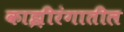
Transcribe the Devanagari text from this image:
काझ़ीरंगातील